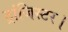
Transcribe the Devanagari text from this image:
ट्रांजिस्टर।